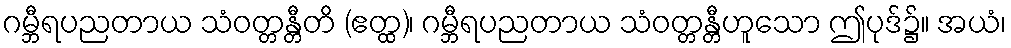
ဂမ္ဘီရပညတာယ သံဝတ္တန္တီတိ (ဧတ္ထ)၊ ဂမ္ဘီရပညတာယ သံဝတ္တန္တီဟူသော ဤပုဒ်၌။ အယံ၊